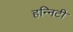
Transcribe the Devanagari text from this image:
हन्निटी